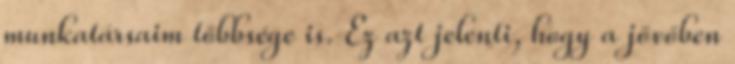
munkatársaim többsége is. Ez azt jelenti, hogy a jövőben